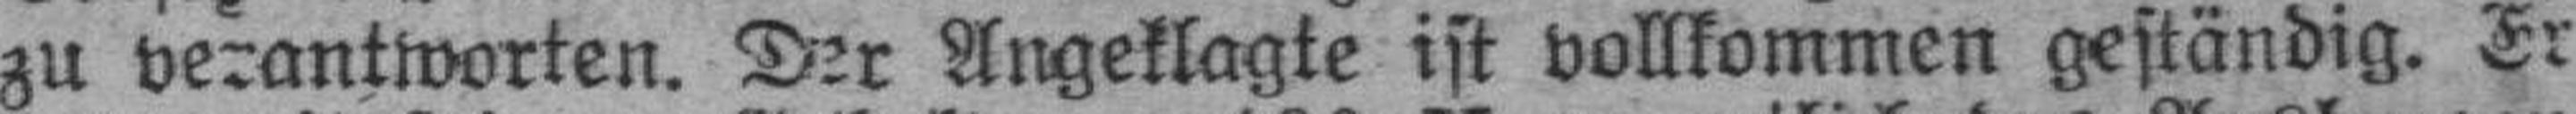
zu verantworten. Der Angeklagte ist vollkommen geständig. Er